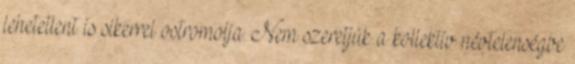
lehetetlent is sikerrel ostromolja. Nem szeretjük a kollektív névtelenségbe